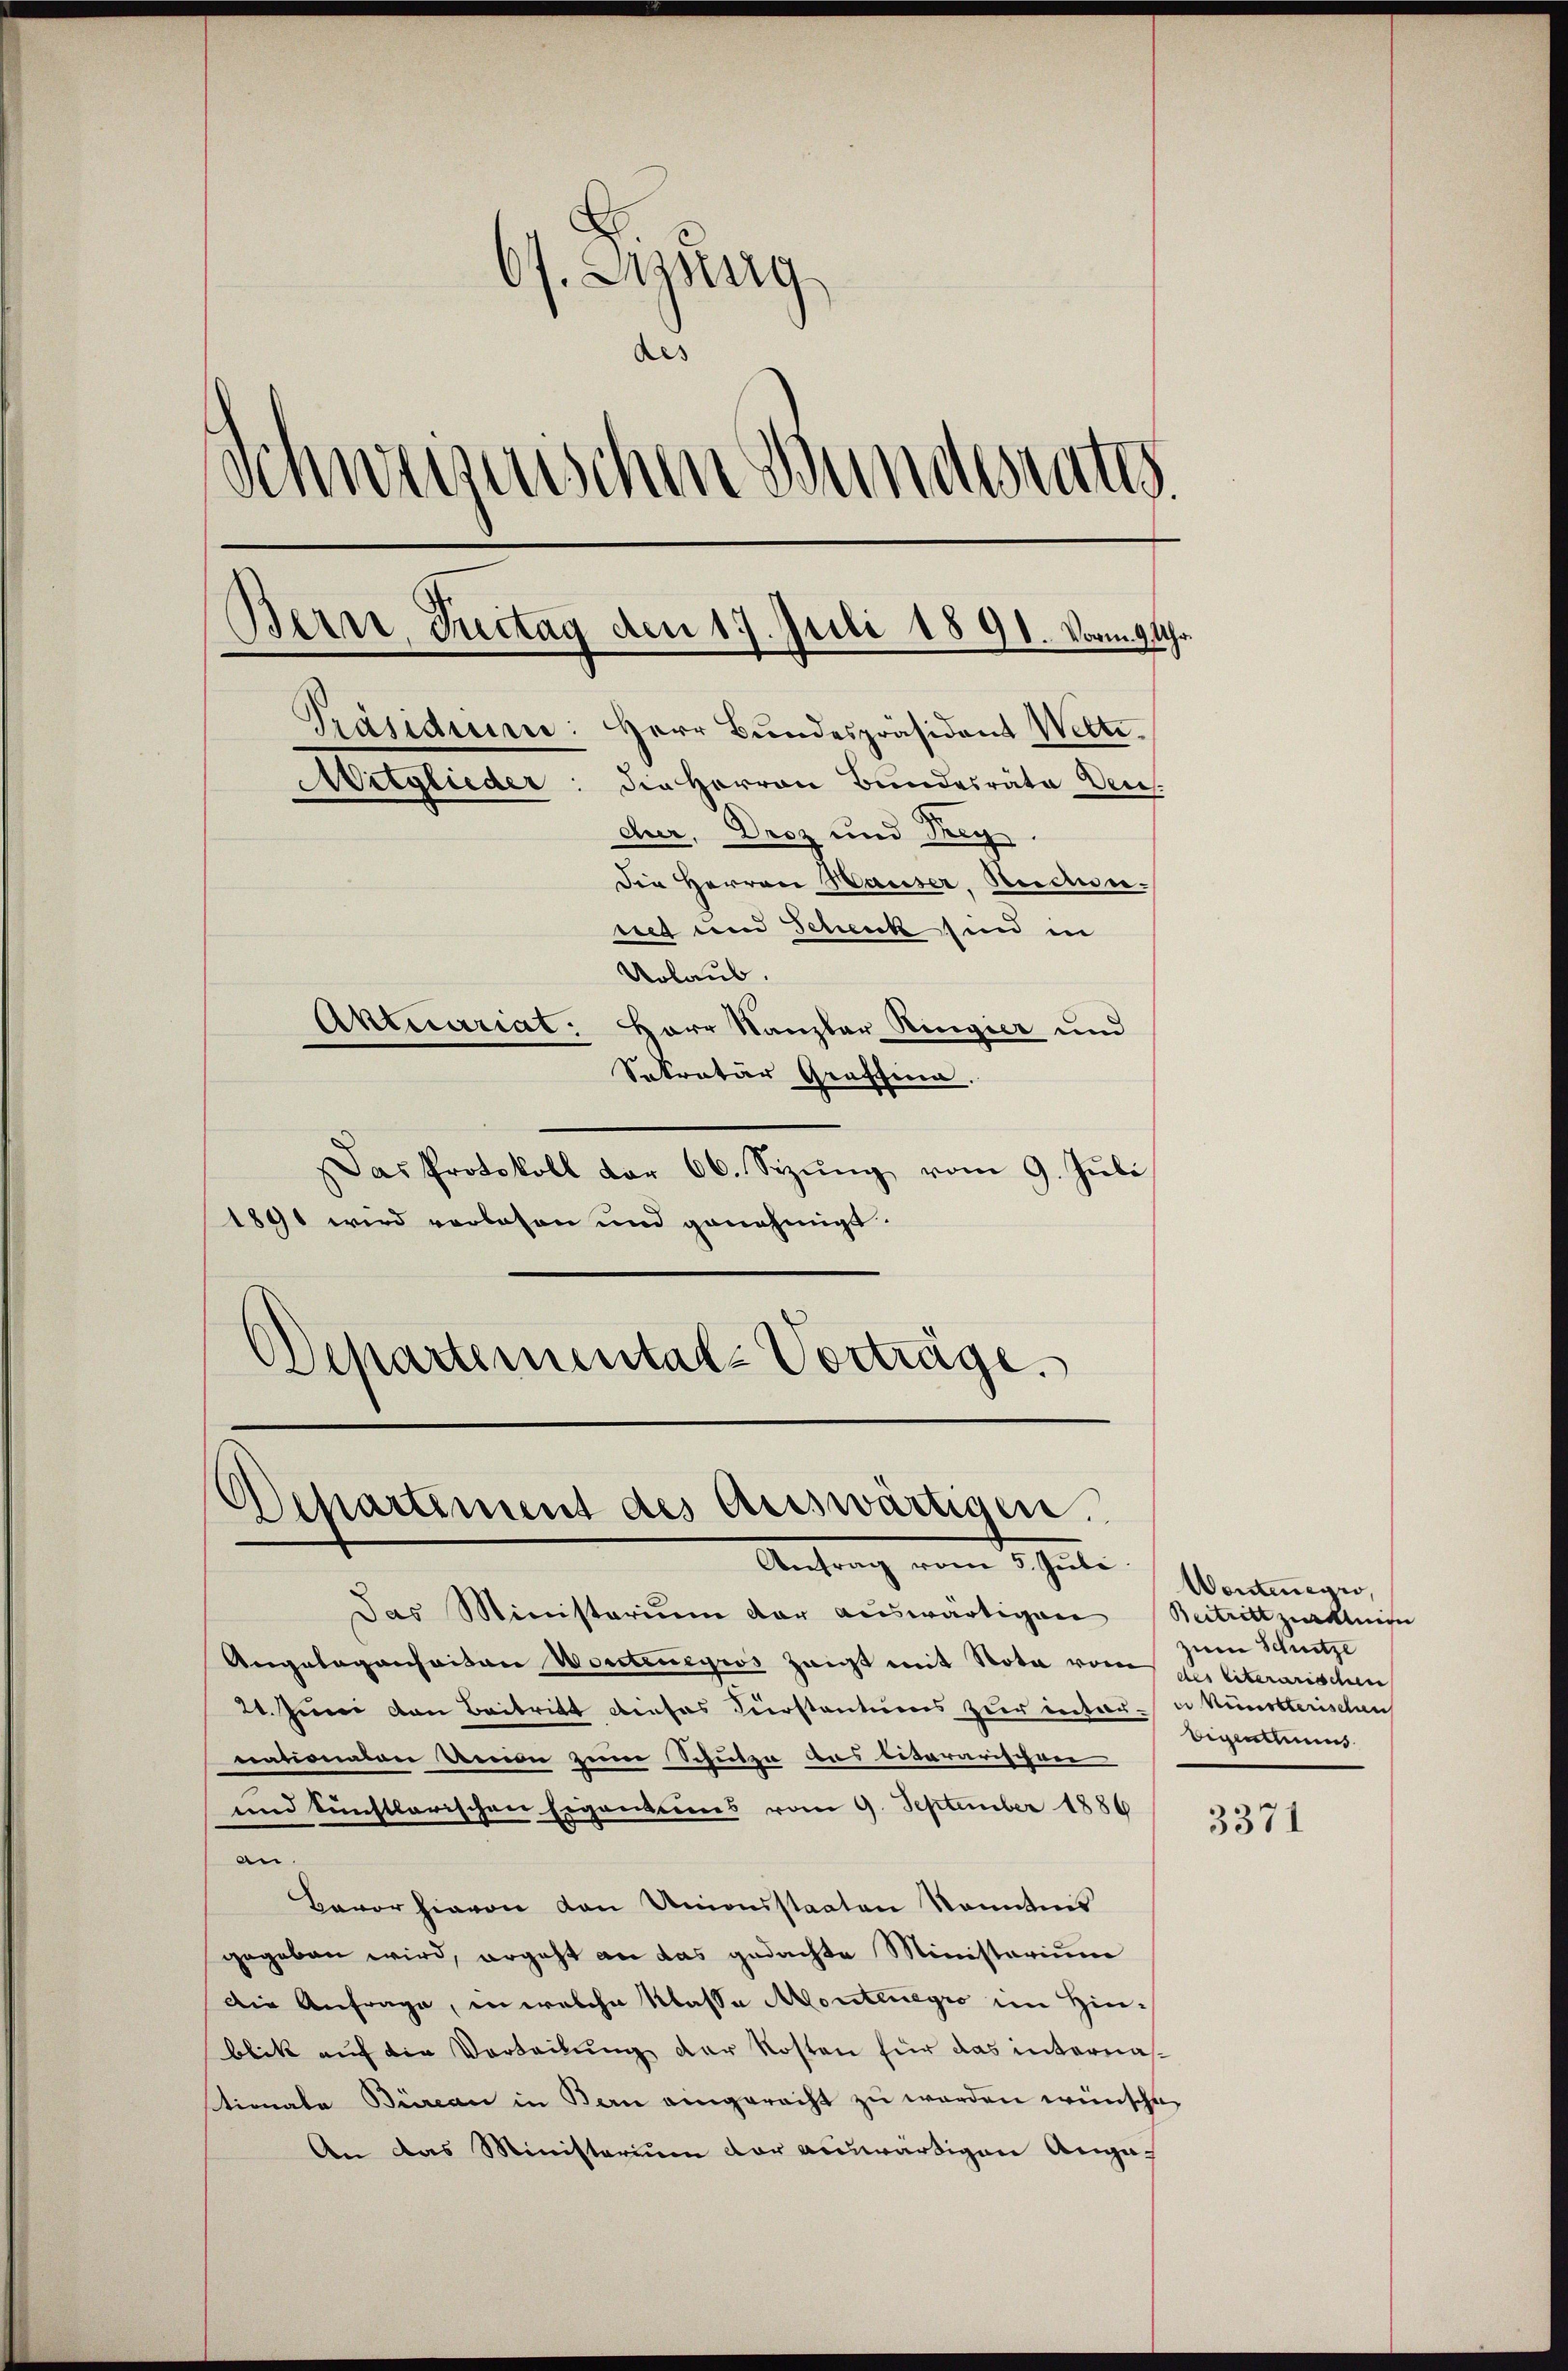
67. Augsburg
des
Schweizerischen Bundesrates
Bern Instag den 17. Juli 1891. Vorm 9 Uhr.
Präsidium: Herr Bundespräsident Welti.
Mitglieder: die Herren Bundesrata Ven
cher, Droz und Frey
Die Herren Hauser, Rector.
rug und Scheick sind in
Urlaub.
Aktuariat: Herr Kanzler Ringier und
Sekretär Graffina.

Das Protokoll der 66. Sizŭng vom 9. Juli
1891 wird vorlesen und genehmigt.
Departemental-Vorträge.

Sipartiment des auswärtigen.
Antrag vom 5. Juli

Das Ministerium der auswärtigen Betrittelten
Angelegenhaitän Worteneyros zeigt mit Nota vom der literarischen
24. Juni von Beitritt dieses Verstantums zur inter- u Ministerischen
nationalen Union zum Schutze das litararischene
und künstlerischen Eigenteines vom 9. September 1886
an.
Bavor hievon von Unionsstaaten kanntnis
gegeben wird, ergeht an das gedachte Ministerium
Die Anfrage, in welche Klasse Montenegro im Hin-
blik auf die Verteilung der Kosten für das internastionale Büreau in Bern eingerecht zu werden wünsche,
An das Ministerium der auswärtigen Anga¬

Wentenege,
zum Schutze
Eigentums

3371